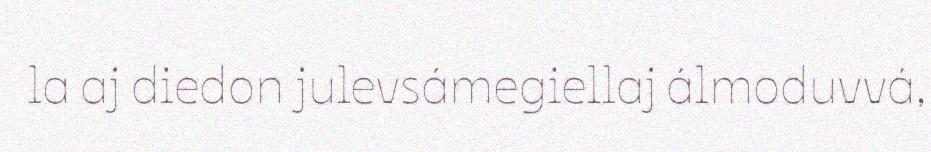
la aj diedon julevsámegiellaj álmoduvvá,